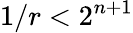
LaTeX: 1/r<2^{n+1}